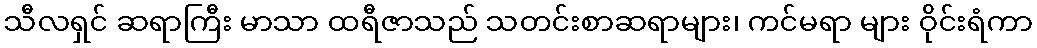
သီလရှင် ဆရာကြီး မာသာ ထရီဇာသည် သတင်းစာဆရာများ၊ ကင်မရာ များ ဝိုင်းရံကာ